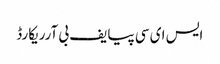
ایس ای سی پیایف بی آرریکارڈ